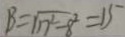
B = \sqrt { n ^ { 2 } - 8 ^ { 2 } } = 1 5